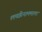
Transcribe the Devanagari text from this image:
लच्छीनाममाला